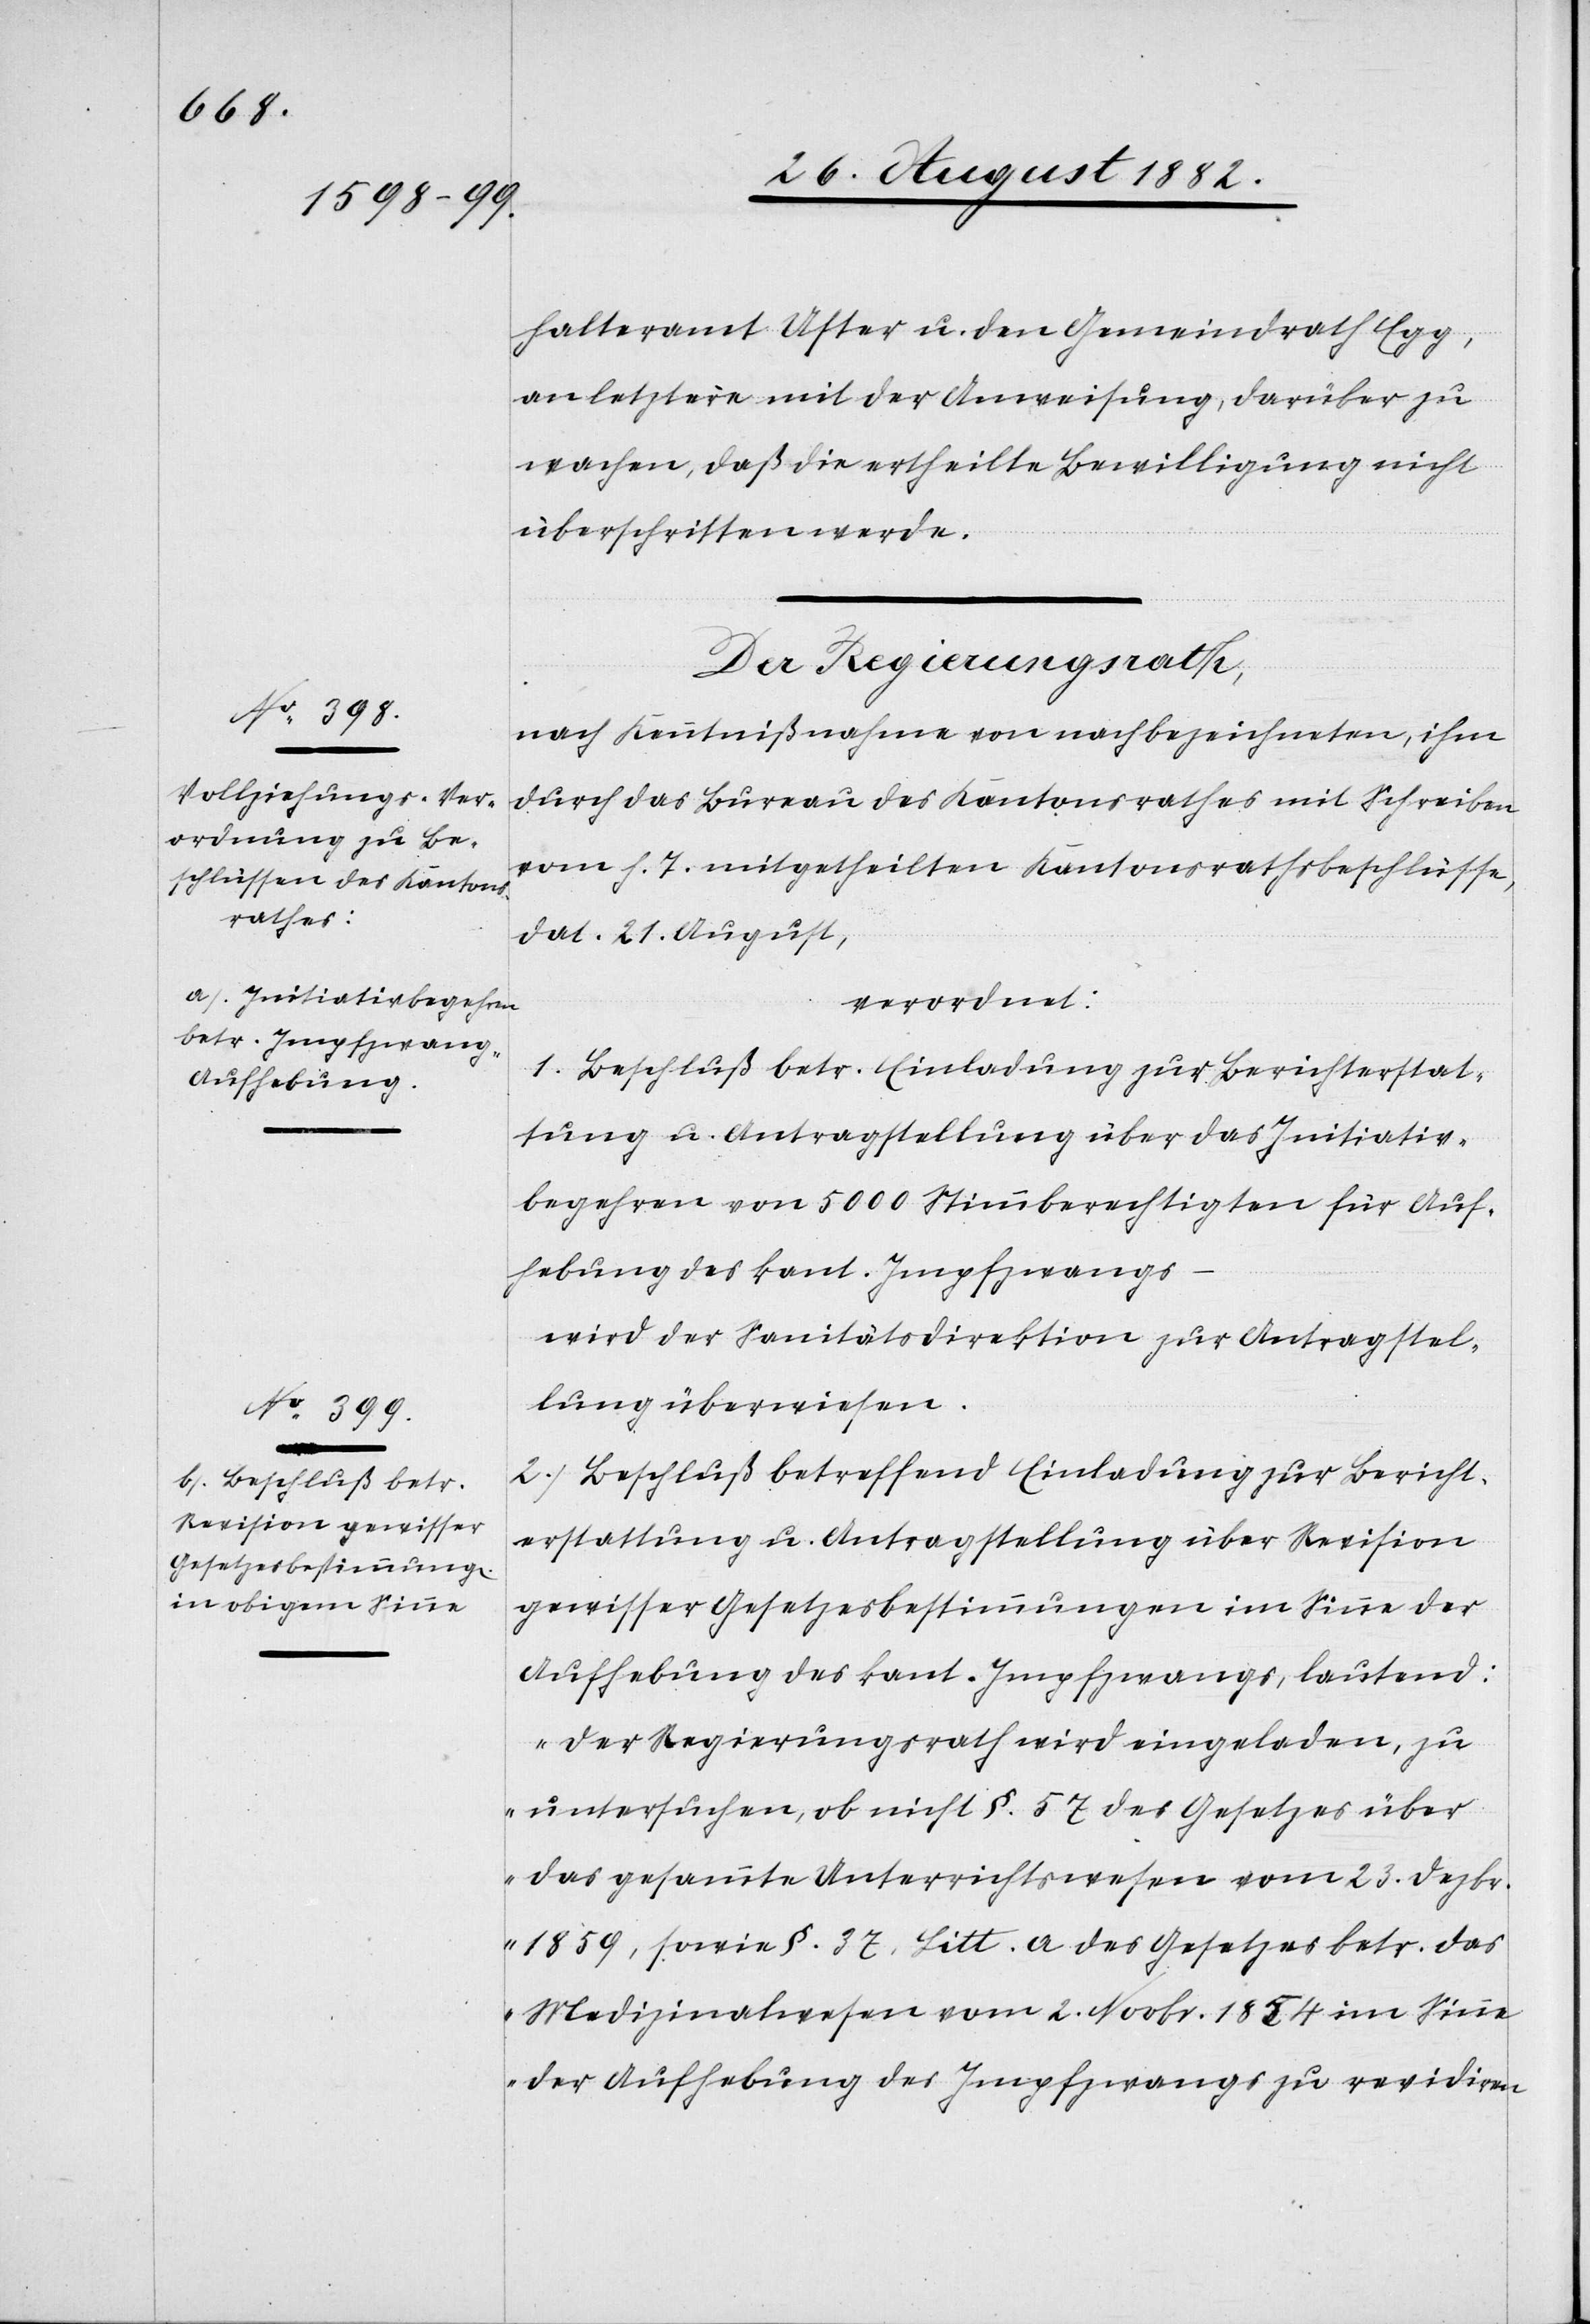
e[n],

halteramt Uster u. den Gemeindrath Egg,
an letztere mit der Anweisung, darüber zu
wachen, daß die ertheilte Bewilligung nicht
überschritten werde.
Der Regierungsrath,
nach Kenntnißnahme von nachbezeichneten, ihm
durch das Bureau des Kantonsrathes mit Schreiben
vom h. T. mitgetheilten Kantonsrathsbeschlüss¬
dat. 21. August,
verordnet:
1. Beschluß betr. Einladung zur Berichterstat¬
tung u. Antragstellung über das Initiativ¬
begehren von 5000 Stimmberechtigten für Auf¬
hebung des kant. Impfzwangs
wird der Sanitätsdirektion zur Antragstel¬
lung überwiesen.
2) Beschluß betreffend Einladung zur Bericht¬
erstattung u. Antragstellung über Revision
gewisser Gesetzesbestimmungen im Sinne der
Aufhebung des kant. Impfzwangs, lautend:
„Der Regierungsrath wird eingeladen, zu
untersuchen, ob nicht §. 57 des Gesetzes über
das gesammte Unterrichtswesen vom 23. Dezbr.
1859, sowie §. 37, Litt. a des Gesetzes betr. das
Medizinalwesen vom 2. Novbr. 1854 im Sinne
der Aufhebung des Impfzwanges zu revidiren